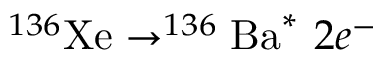
^ { 1 3 6 } \mathrm { X e } \rightarrow ^ { 1 3 6 } \mathrm { B a } ^ { * } \ 2 e ^ { - }